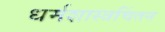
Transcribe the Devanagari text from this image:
धर्मशास्त्रचिंतन